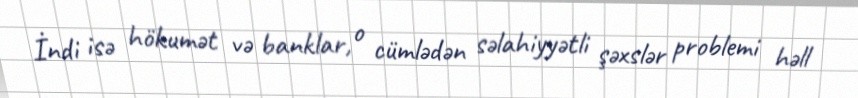
İndi isə hökumət və banklar, o cümlədən səlahiyyətli şəxslər problemi həll